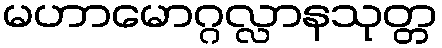
မဟာမောဂ္ဂလ္လာနသုတ္တ